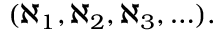
( \aleph _ { 1 } , \aleph _ { 2 } , \aleph _ { 3 } , \ldots ) .